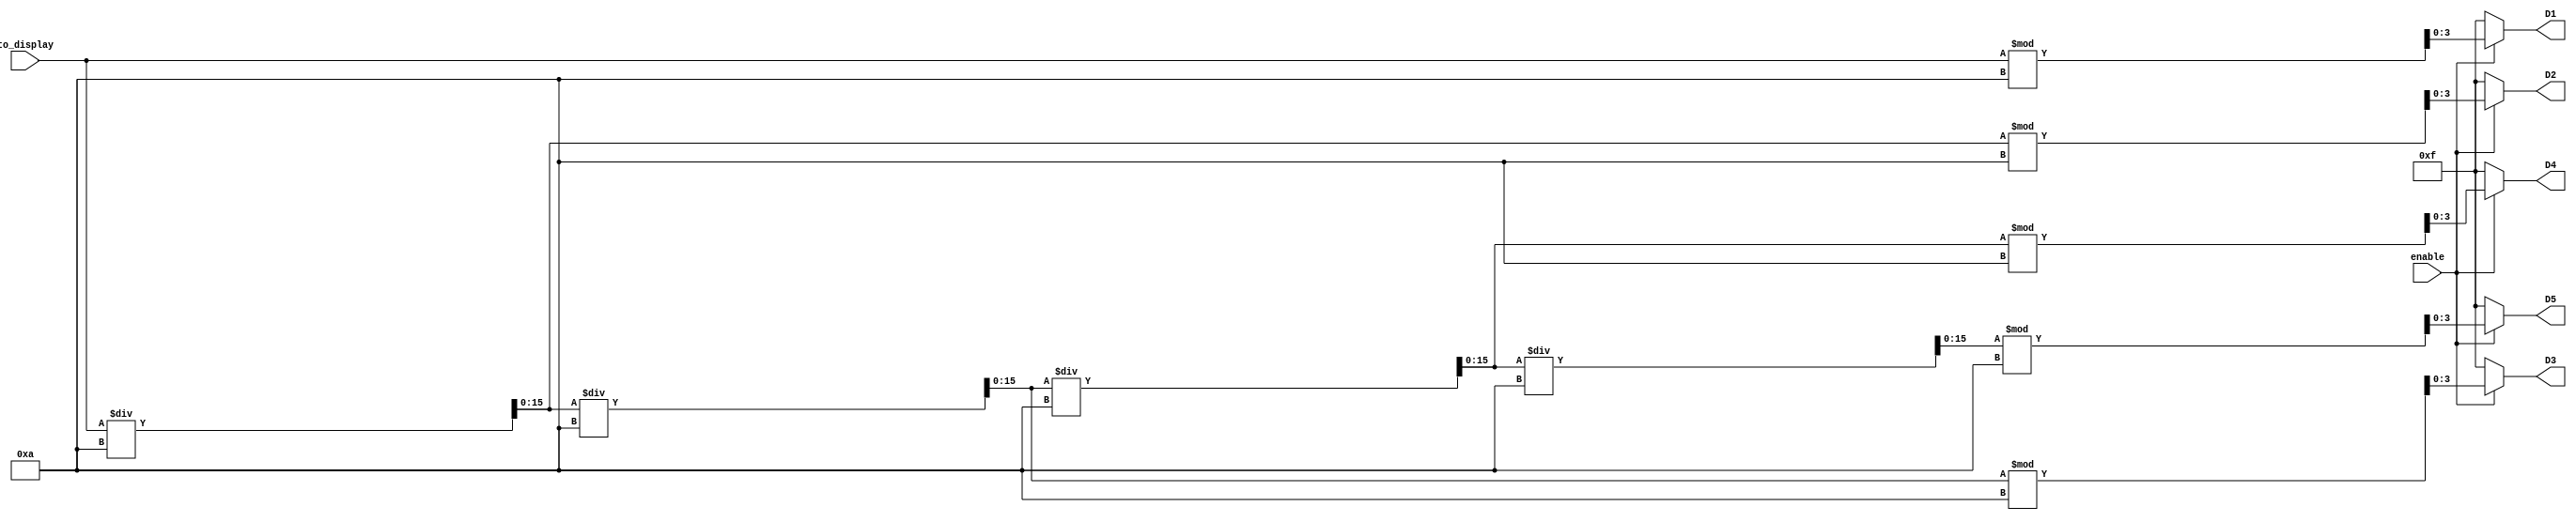
module b16toBCD (
	input [15:0] to_display,
	input enable,
	output [3:0] D5,	
	output [3:0] D4,	
	output [3:0] D3,	
	output [3:0] D2,	
	output [3:0] D1	
);
	reg [15:0] temp;
	reg [3:0] t5;	
	reg [3:0] t4;
	reg [3:0] t3;
	reg [3:0] t2;
	reg [3:0] t1;
	always @(enable or to_display) begin
		if (enable==0) begin
			t5 = 4'b1111 ;
			t4 = 4'b1111 ;
			t3 = 4'b1111 ;
			t2 = 4'b1111 ;
			t1 = 4'b1111 ;
		end	
		else begin
			temp = to_display ;
			t1 = temp % 10 ;
			temp =temp/10 ;
			t2 = temp % 10 ;
			temp =temp/10 ;
			t3 = temp % 10 ;
			temp =temp/10 ;
			t4 = temp % 10 ;
			temp =temp/10 ;
			t5 = temp % 10 ;
		end
	
	end
	assign D5 =t5 ;
	assign D4 = t4 ;
	assign D3 = t3 ;
	assign D2 =  t2;
	assign D1 = t1 ;
		


endmodule